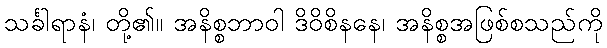
သင်္ခါရာနံ၊ တို့၏။ အနိစ္စဘာဝါ ဒိဝိစိနနေ၊ အနိစ္စအဖြစ်စသည်ကို